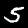
Label: 5